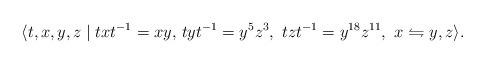
LaTeX: \begin{align*}\langle{t,x,y,z}\mid {txt^{-1}=xy,}~tyt^{-1}=y^5z^3,~tzt^{-1}=y^{18}z^{11},~x\leftrightharpoons{y,z}\rangle.\end{align*}